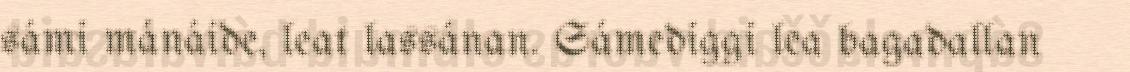
sámi mánáide, leat lassánan. Sámediggi lea bagadallan